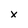
Character: x